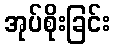
အုပ်စိုးခြင်း